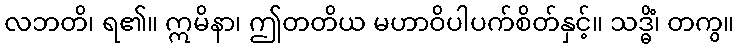
လဘတိ၊ ရ၏။ ဣမိနာ၊ ဤတတိယ မဟာဝိပါပက်စိတ်နှင့်။ သဒ္ဓိံ၊ တကွ။